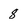
Character: 8